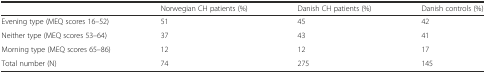
<table><thead><tr><td></td><td><b>Norwegian CH patients (%)</b></td><td><b>Danish CH patients (%)</b></td><td><b>Danish controls (%)</b></td></tr></thead><tbody><tr><td>Evening type (MEQ scores 16–52)</td><td>51</td><td>45</td><td>42</td></tr><tr><td>Neither type (MEQ scores 53–64)</td><td>37</td><td>43</td><td>41</td></tr><tr><td>Morning type (MEQ scores 65–86)</td><td>12</td><td>12</td><td>17</td></tr><tr><td>Total number (N)</td><td>74</td><td>275</td><td>145</td></tr></tbody></table>